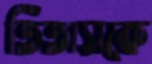
তিতাসকে